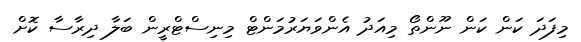
މިފަދަ ކަން ކަން ނޫންތޯ މިއަދު އެންވަޔަރުމަންޓް މިނިސްޓްރީން ބަލާ ދިރާސާ ކޮށް